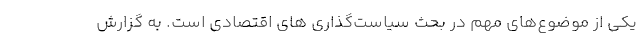
یکی از موضوع‌های مهم در بحث سیاست‌گذاری­ های اقتصادی است. به گزارش